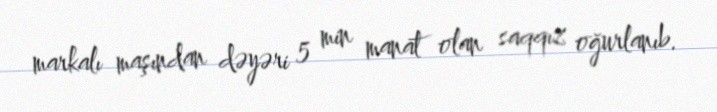
markalı maşından dəyəri 5 min manat olan saqqız oğurlanıb.